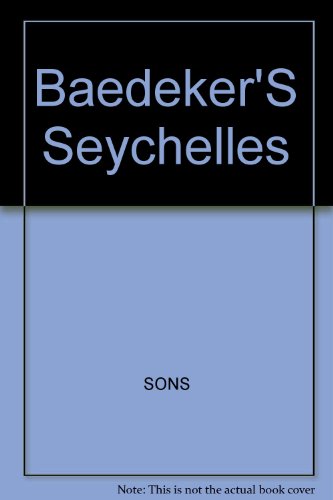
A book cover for Baedeker's Seychelles; Eckard Supp; Travel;